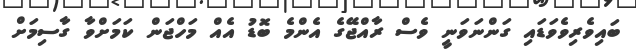
ބައިވެރިވެވަޑައި ގަންނަވަނީ ވެސް ރާއްޖޭގެ އެންމެ ބޮޑު އެއް މަހްޖަން ކަމަށްވާ ގާސިމަށް